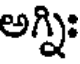
అగ్ని: